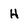
Character: H